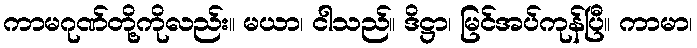
ကာမဂုဏ်တို့ကိုလည်း။ မယာ၊ ငါသည်။ ဒိဋ္ဌာ၊ မြင်အပ်ကုန်ပြီ။ ကာမာ၊